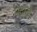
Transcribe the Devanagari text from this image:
पटाख़े